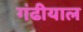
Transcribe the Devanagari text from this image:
गंढीयाल